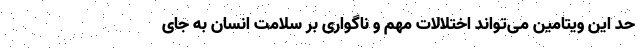
حد این ویتامین می‌تواند اختلالات مهم و ناگواری بر سلامت انسان به جای